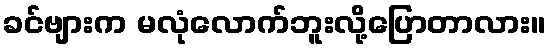
ခင်ဗျားက မလုံလောက်ဘူးလို့ပြောတာလား။